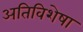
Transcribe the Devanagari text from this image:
अतिविशेषा